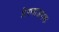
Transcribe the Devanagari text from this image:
प्रेरणाजनक